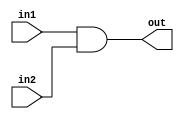
module and2(out, in1, in2);
    input in1, in2;
    output out;
    assign out = in1 & in2;
endmodule